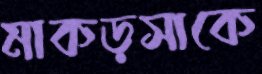
মাকড়সাকে